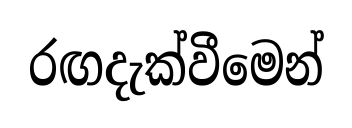
රඟදැක්වීමෙන්